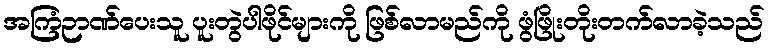
အကြံဉာဏ်ပေးသူ ပူးတွဲပါဖိုင်များကို ဖြစ်လာမည်ကို ဖွံဖြိုးတိုးတက်လာခဲ့သည်